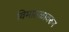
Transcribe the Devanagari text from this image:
विमातळावरुन